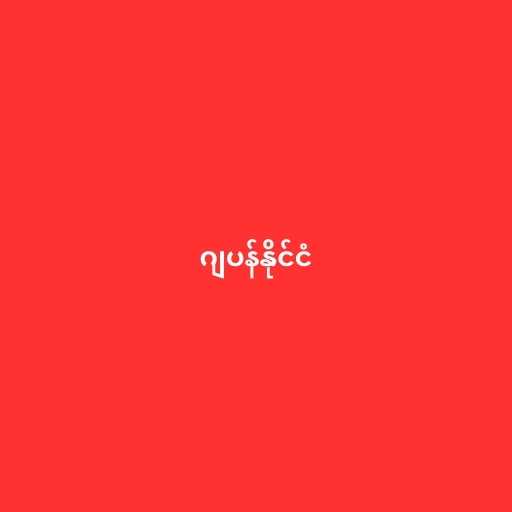
ဂျပန်နိုင်ငံ